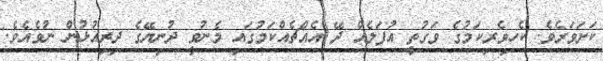
ކަށަވަރެވެ. ކެހިވެރިކަމުގެ ވަގުތީ އުފަލެއް ދޭ އެއްޗެއްކަމުގައި މެނުވީ ދުނިޔޭގެ ދިރިއުޅުން ނުވެއެވެ.